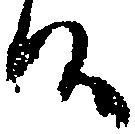
候